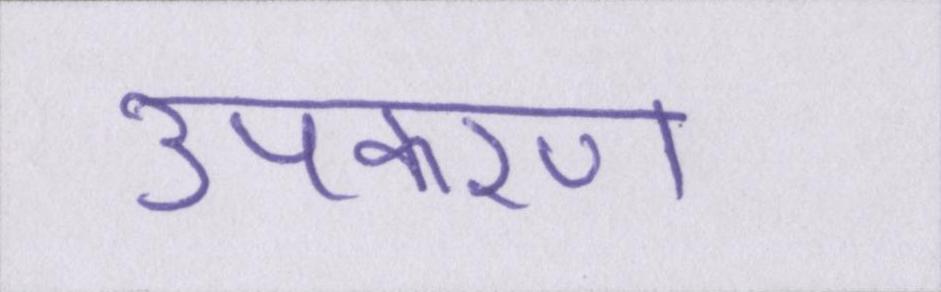
उपकरण